Civil Veterinary Dept. Bombay admin report 1900-1906 - 1900-1906
Year: 1900
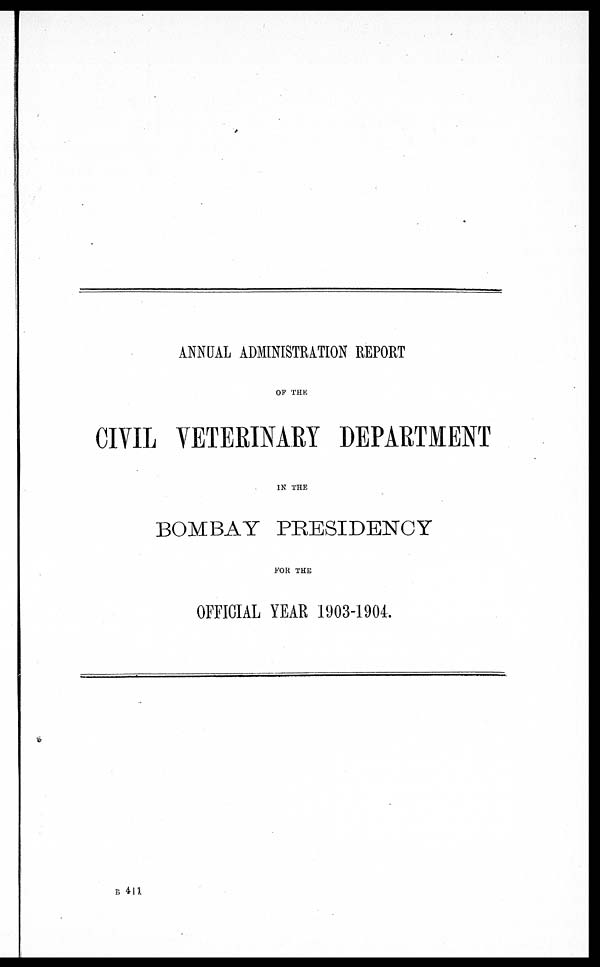
ANNUAL ADMINISTRATION REPORT
OP THE
CIYIL VETERINARY DEPARTMENT
IN THE
BOMBAY PRESIDENCY
FOR THE
OFFICIAL YEAR 1903-1904.